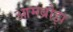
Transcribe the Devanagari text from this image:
आमब्रोझ